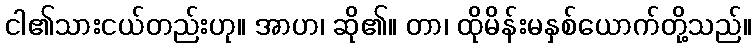
ငါ၏သားငယ်တည်းဟု။ အာဟ၊ ဆို၏။ တာ၊ ထိုမိန်းမနှစ်ယောက်တို့သည်။